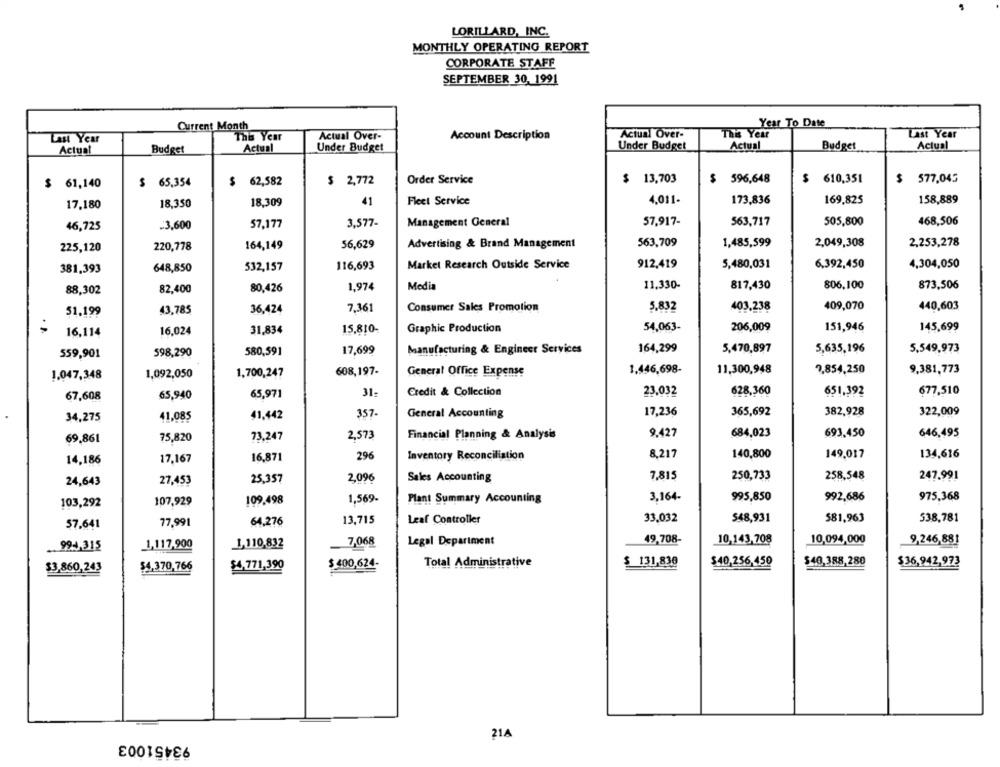
LORILLARD, INC.
MONTHLY OPERATING REPORT
CORPORATE STAFF
SEPTEMBER 30, 1991
Year To Date
Current Month
This Year
Actual Over-
Account Description
Actual Over-
This Year
Last Year
Last Year
Under Budget
Actual
Budget
Actual
Actual
Budget
Actual
Under Budget
$ 61,140
$ 65,354
$ 62,582
$ 2,772
Order Service
$ 13,703
$ 596,648
$ 610,351
$ 577,045
Fleet Service
4,011-
173,836
169,825
158,889
17,180
18,350
18,309
41
3.577-
Management General
57,917-
563,717
505,800
468,506
46,725
-3,600
57,177
220,778
164,149
56,629
Advertising & Brand Management
563,709
1,485,599
2,049,308
2,253,278
225,120
381,393
648,850
532,157
116,693
Market Research Outside Service
912,419
5,480,031
6.392,450
4,304,050
817,430
806,100
873,506
88,302
82,400
80.426
1,974
Media
11,330-
7,361
Consumer Sales Promotion
5,832
403.238
409,070
440,603
51.199
43,785
36,424
16.024
31.834
15,810-
Graphic Production
54,063-
206,009
151,946
145,699
16,114
559,901
598,290
580,591
17,699
Manufacturing & Engineer Services
164,299
5,470,897
5,635,196
5,549,973
1.446,698-
7,854,250
1.047,348
1,092,050
1,700,247
608,197-
General Office Expense
11,300,948
9,381,773
Credit & Collection
23.032
628,360
651,392
677.510
67,608
65,940
65,971
31-
357-
General Accounting
17,236
365,692
382,928
322,009
34,275
41,085
41,442
73,247
2,573
Financial Planning & Analysis
9.427
684,023
693.450
646,495
69,861
75,820
14,186
17,167
16,871
296
Inventory Reconciliation
8,217
140,800
149,017
134,616
7,815
24,643
27,453
25,357
2,096
Sales Accounting
250,733
258,548
247.991
109.498
Plant Summary Accounting
3,164-
995,850
992,686
975,368
103,292
107,929
1,569-
77,991
64.276
13,715
Leaf Controller
33,032
$48,931
581,963
538,781
57,641
49,708-
1,117,900
1,110,832
7,068
Legal Department
10,143,708
10,094,000
9,246,881
.. 994,315
$40,388,280
$4,370,766
$4,771,390
$ 400,624-
Total Administrative
$ 131,830
$40,256,450
$36,942,973
$3,860,243
93451003
21A